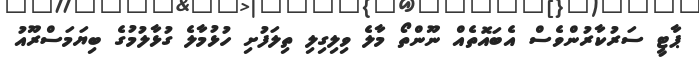
ޕާޓީ ސަރުކާރުންވެސް އެބައޮތެއް ނޫންތޯ މާލެ ވިލިގިލި ތިލަފުށި ހުޅުމާލެ ގުޅާލުމުގެ ބިޔަމަސްރޫއު